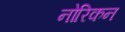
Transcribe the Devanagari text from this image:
नोरिकन